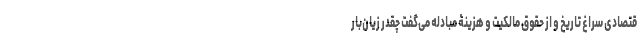
قتصادی سراغ تاریخ و از حقوق مالکیت و هزینۀ مبادله می‌گفت چقدر زیان‌بار